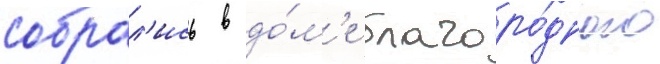
собрал'ись в до́м'е благоро́дного